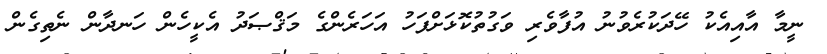
ނީމާ އާއިއެކު ހޭދަކުރެވުނު އުފާވެރި ވަގުތުކޮޅަށްފަހު އަހަރެންގެ މަޤްޞަދު އެކީހެން ހަނދާން ނެތިގެން